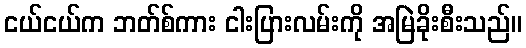
ငယ်ငယ်က ဘတ်စ်ကား ငါးပြားလမ်းကို အမြဲခိုးစီးသည်။